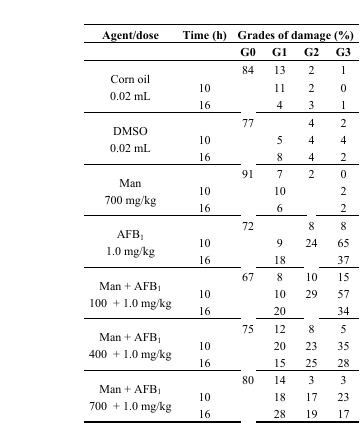
<table><thead><tr><td><b>Agent/dose</b></td><td><b>Time (h)</b></td><td colspan="4"><b>Grades of damage (%)</b></td></tr><tr><td>[EMPTY_CELL]</td><td>[EMPTY_CELL]</td><td><b>G0</b></td><td><b>G1</b></td><td><b>G2</b></td><td><b>G3</b></td></tr></thead><tbody><tr><td rowspan="3">Corn oil0.02 mL</td><td>[EMPTY_CELL]</td><td>84</td><td>13</td><td>2</td><td>1</td></tr><tr><td>10</td><td>[EMPTY_CELL]</td><td>11</td><td>2</td><td>0</td></tr><tr><td>16</td><td>[EMPTY_CELL]</td><td>4</td><td>3</td><td>1</td></tr><tr><td rowspan="3">DMSO0.02 mL</td><td>[EMPTY_CELL]</td><td>77</td><td>[EMPTY_CELL]</td><td>4</td><td>2</td></tr><tr><td>10</td><td>[EMPTY_CELL]</td><td>5</td><td>4</td><td>4</td></tr><tr><td>16</td><td>[EMPTY_CELL]</td><td>8</td><td>4</td><td>2</td></tr><tr><td rowspan="3">Man700 mg/kg</td><td>[EMPTY_CELL]</td><td>91</td><td>7</td><td>2</td><td>0</td></tr><tr><td>10</td><td>[EMPTY_CELL]</td><td>10</td><td>[EMPTY_CELL]</td><td>2</td></tr><tr><td>16</td><td>[EMPTY_CELL]</td><td>6</td><td>[EMPTY_CELL]</td><td>2</td></tr><tr><td rowspan="3">AFB<sub>1</sub> 1.0 mg/kg</td><td>[EMPTY_CELL]</td><td>72</td><td>[EMPTY_CELL]</td><td>8</td><td>8</td></tr><tr><td>10</td><td>[EMPTY_CELL]</td><td>9</td><td>24</td><td>65</td></tr><tr><td>16</td><td>[EMPTY_CELL]</td><td>18</td><td>[EMPTY_CELL]</td><td>37</td></tr><tr><td rowspan="3">Man + AFB<sub>1</sub>100 + 1.0 mg/kg</td><td>[EMPTY_CELL]</td><td>67</td><td>8</td><td>10</td><td>15</td></tr><tr><td>10</td><td>[EMPTY_CELL]</td><td>10</td><td>29</td><td>57</td></tr><tr><td>16</td><td>[EMPTY_CELL]</td><td>20</td><td>[EMPTY_CELL]</td><td>34</td></tr><tr><td rowspan="3">Man + AFB<sub>1</sub>400 + 1.0 mg/kg</td><td>[EMPTY_CELL]</td><td>75</td><td>12</td><td>8</td><td>5</td></tr><tr><td>10</td><td>[EMPTY_CELL]</td><td>20</td><td>23</td><td>35</td></tr><tr><td>16</td><td>[EMPTY_CELL]</td><td>15</td><td>25</td><td>28</td></tr><tr><td rowspan="3">Man + AFB<sub>1</sub>700 + 1.0 mg/kg</td><td>[EMPTY_CELL]</td><td>80</td><td>14</td><td>3</td><td>3</td></tr><tr><td>10</td><td>[EMPTY_CELL]</td><td>18</td><td>17</td><td>23</td></tr><tr><td>16</td><td>[EMPTY_CELL]</td><td>28</td><td>19</td><td>17</td></tr></tbody></table>